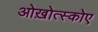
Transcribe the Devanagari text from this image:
ओख़ोत्स्कोए